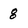
Character: 8